Annual administration and progress report of the Indian Medical Department, Bombay
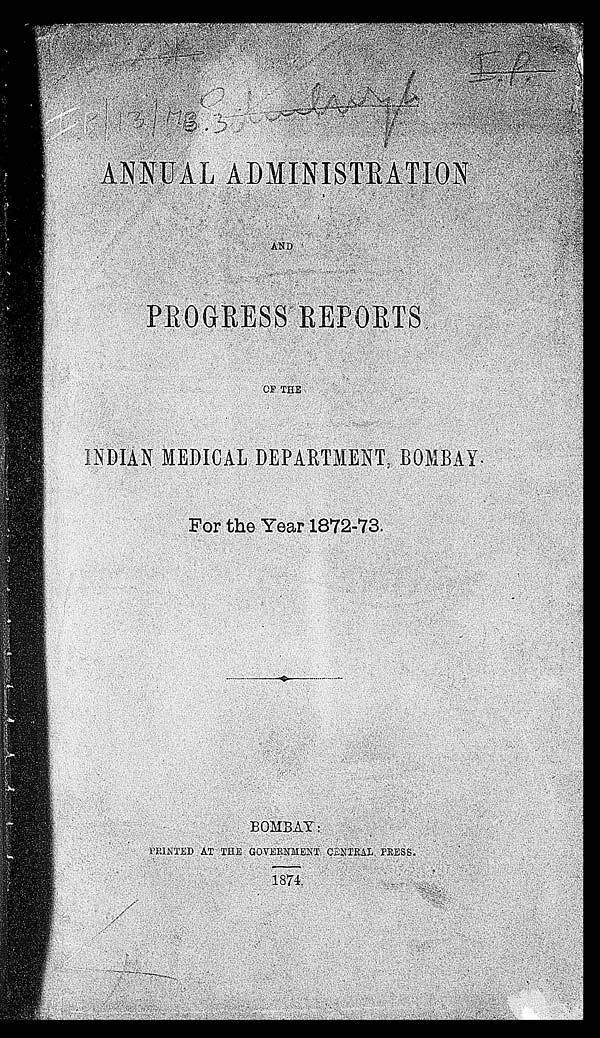
IP
I P / 1 3 / M B . 3 K A N N A
ANNUAL ADMINISTRATION
AND PROGRESS REPORTS
OF THE
INDIAN MEDICAL DEPARTMENT, BOMBAY.
For the Year 1872-73.
BOMBAY :
PRINTED AT THE GOVERNMENT CENTRAL PRESS.
1874.
4